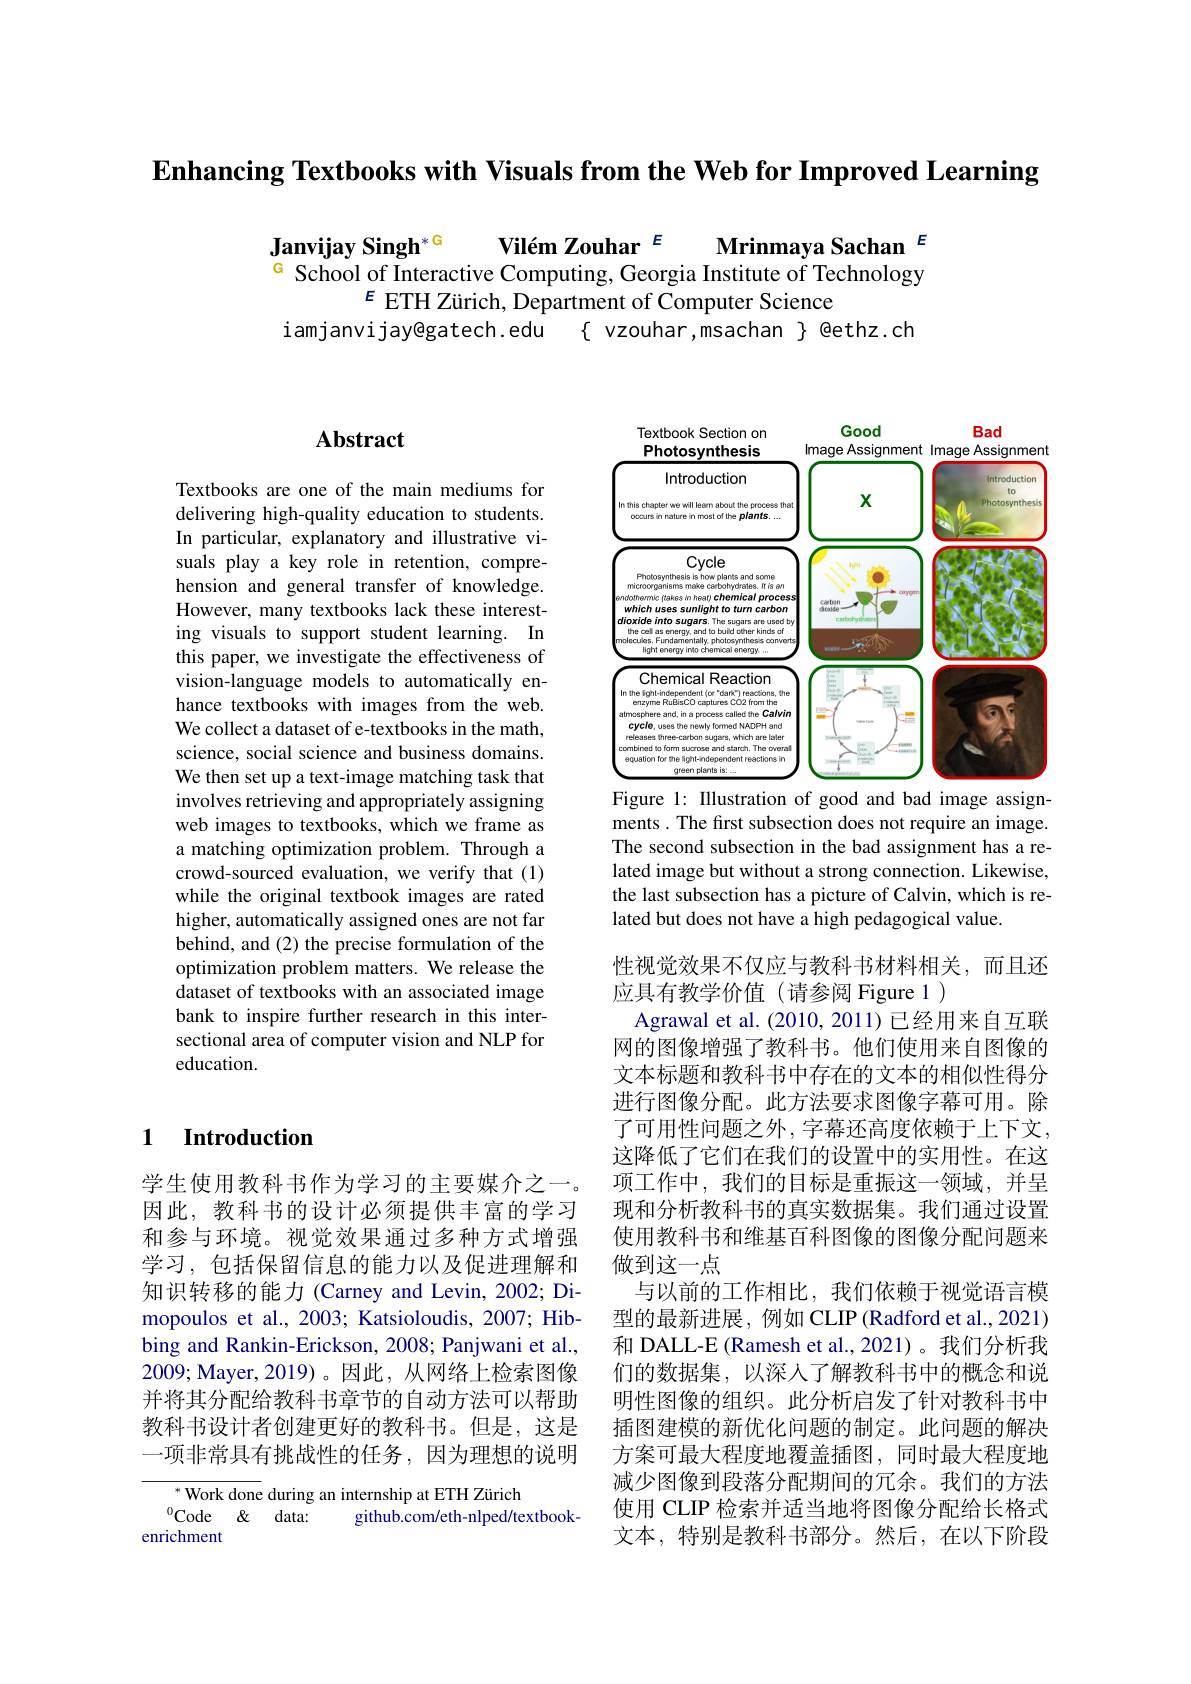
$\textbf{Enhancing Textbooks with Visuals from the Web for Improved Learning}$

Vilém Zouhar $^{E}$ Mrinmaya Sachan $^{E}$
Janvijay Singh$^{*\text{G}}$
G School of Interactive Computing, Georgia Institute of Technology
$\varepsilon$ ETH Zürich, Department of Computer Science
iamjanvijay@gatech.edu $\{$ vzouhar,msachan $\}$ @ethz.ch

## $\mathbf{Abstract}$

Textbooks are one of the main mediums for delivering high-quality education to students. In particular, explanatory and illustrative visuals play a key role in retention, comprehension and general transfer of knowledge. However, many textbooks lack these interesting visuals to support student learning. In this paper, we investigate the effectiveness of vision-language models to automatically enhance textbooks with images from the web. We collect a dataset of e-textbooks in the math, science, social science and business domains. We then set up a text-image matching task that involves retrieving and appropriately assigning web images to textbooks, which we frame as a matching optimization problem. Through a crowd-sourced evaluation, we verify that (1) while the original textbook images are rated higher, automatically assigned ones are not far behind, and (2) the precise formulation of the optimization problem matters. We release the dataset of textbooks with an associated image bank to inspire further research in this intersectional area of computer vision and NLP for education.

## 1 Introduction

学生使用教科书作为学习的主要媒介之一。因此，教科书的设计必须提供丰富的学习和参与环境。视觉效果通过多种方式增强学习，包括保留信息的能力以及促进理解和知识转移的能力(Carney and Levin, 2002; Dimopoulos et al., 2003; Katsioloudis, 2007; Hibbing and Rankin-Erickson, 2008; Panjwani et al., 2009; Mayer, 2019)。因此，从网络上检索图像并将其分配给教科书章节的自动方法可以帮助教科书设计者创建更好的教科书。但是，这是一项非常具有挑战性的任务，因为理想的说明

${^*\text{Work done}}$ during an internship at ETH Zürich
$^{0}$Code $\&$ data:
github.com/eth-nlped/textbook-
enrichment

<FigureHere>

Figure 1: Illustration of good and bad image assign-

ments . The first subsection does not require an image.

The second subsection in the bad assignment has a re-

lated image but without a strong connection. Likewise,

the last subsection has a picture of Calvin, which is re-
lated but does not have a high pedagogical value
性视觉效果不仅应与教科书材料相关，而且还
应具有教学价值(请参阅 Figure 1)
Agrawal et al. (2010, 2011) 已经用来自互联网的图像增强了教科书。他们使用来自图像的文本标题和教科书中存在的文本的相似性得分进行图像分配。此方法要求图像字幕可用。除了可用性问题之外，字幕还高度依赖于上下文， 这降低了它们在我们的设置中的实用性。在这项工作中，我们的目标是重振这一领域，并呈现和分析教科书的真实数据集。我们通过设置使用教科书和维基百科图像的图像分配问题来做到这一点
与以前的工作相比，我们依赖于视觉语言模型的最新进展，例如 CLIP (Radford et al., 2021) 和 DALL-E (Ramesh et al.,2021)。我们分析我们的数据集，以深人了解教科书中的概念和说明性图像的组织。此分析启发了针对教科书中插图建模的新优化问题的制定。此问题的解决方案可最大程度地覆盖插图，同时最大程度地减少图像到段落分配期间的冗余。我们的方法使用 CLIP 检索并适当地将图像分配给长格式文本，特别是教科书部分。然后，在以下阶段